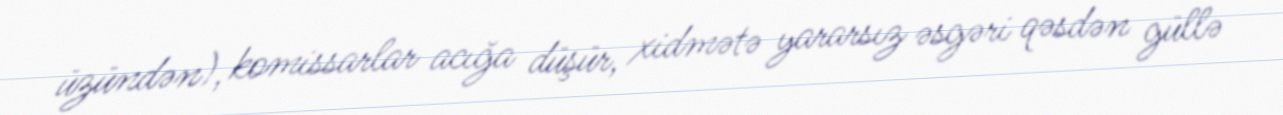
üzündən), komissarlar acığa düşür, xidmətə yararsız əsgəri qəsdən güllə